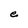
Character: e